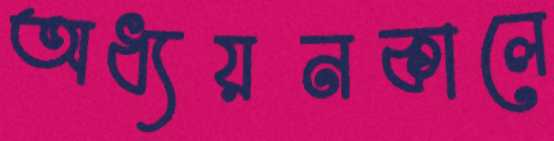
অধ্যয়নকালে